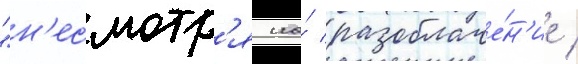
"н'есмотр'я на́ разоблаче́н'ие /